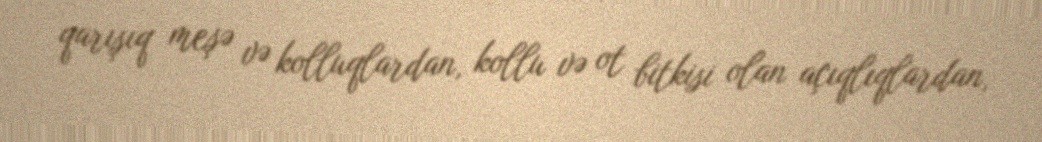
qarışıq meşə və kolluqlardan, kollu və ot bitkisi olan açıqlıqlardan,